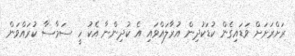
ރަށްރަށަށް ވަޑައިގެން ކުޑަކުދިން އުރާލައްވައި އެ ކުދިންނާ އެކު ހީ ސަމާސާ ކުރައްވަން